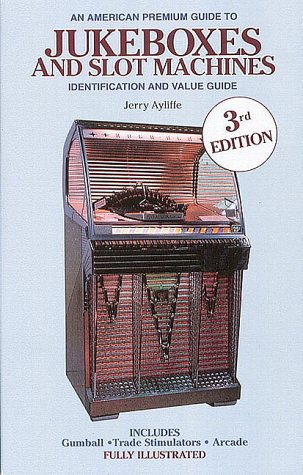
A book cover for An American Premium Guide to Jukeboxes and Slot Machines: Identification and Value Guide; Jerry Ayliffe; Crafts, Hobbies & Home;